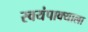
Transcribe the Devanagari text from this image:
स्वयंपाक्याला